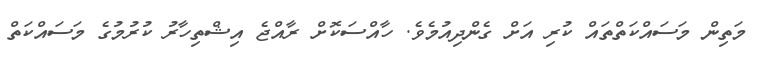
މަތިން މަސައްކަތްތައް ކުރި އަށް ގެންދިއުމެވެ. ހާއްސަކޮށް ރާއްޖެ އިޝްތިހާރު ކުރުމުގެ މަސައްކަތް